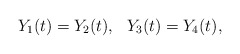
\begin{align*}Y_1(t) = Y_2(t),\ \ Y_3(t) = Y_4(t),\end{align*}